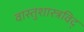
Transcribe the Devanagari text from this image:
वास्तुशास्त्रविद्